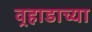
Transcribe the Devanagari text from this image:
वर्‍हाडाच्या